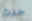
حدث